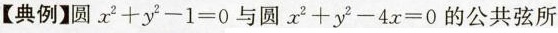
【典例】圆$$x^{2}+y{2}-1=0$$与圆$$x^{2}+y{2}-4x=0$$的公共弦所